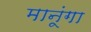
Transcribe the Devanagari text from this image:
मानूंगा